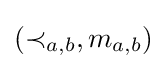
(\prec _{a,b},m_{a,b})